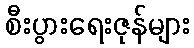
စီးပွားရေးဇုန်များ